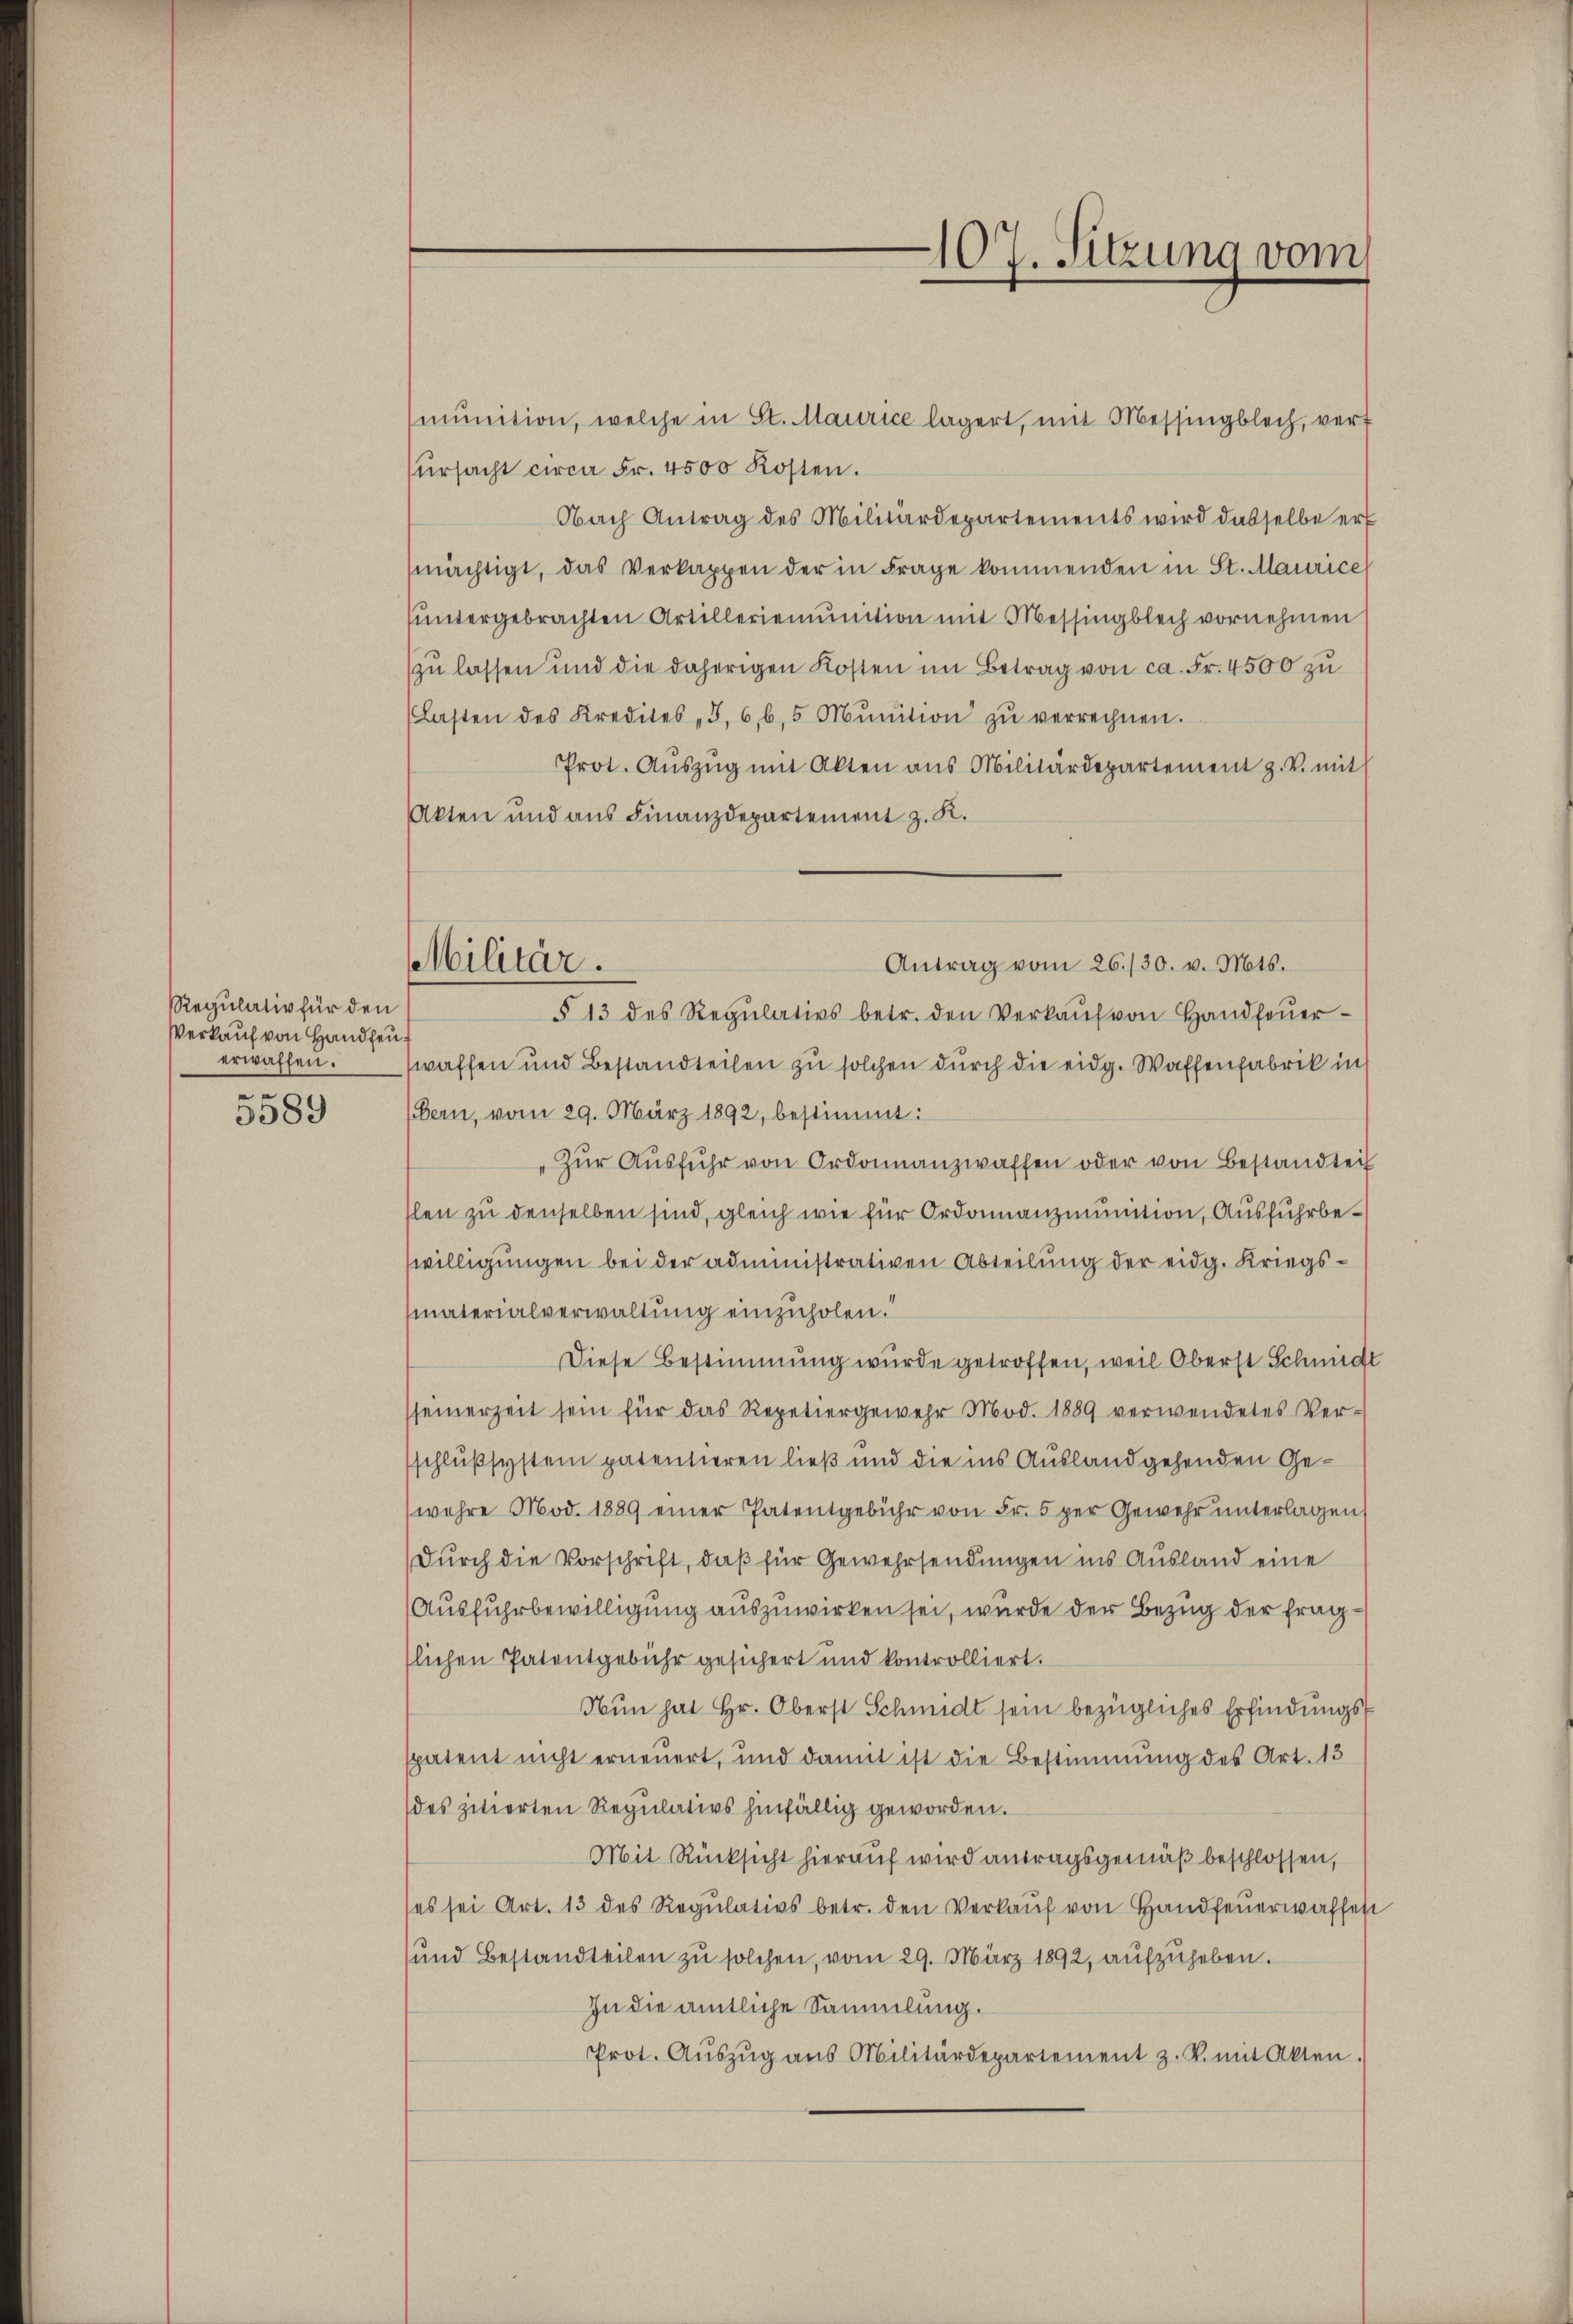
Regulativ für den
Verkauf von Handfeu
erwaffen.
e

5589

Militär.
Antrag vom 26./30. v. Mts.

107. Sitzung vom

mŭnition, welche in St. Maurice lägert, mit Messingblech, vert
ŭrsacht circa Fr. 4500 Kosten.
Obach Antrag des Militärdepartements wird dasselbe er
mächtigt, das Verkappen der in Frage kommenden in St. Maurice,
ŭntergebrachten Artilleriemŭnition mit Messingblech vornehmen
zu lassen und die daherigen Kosten im Betrag von ca. Fr. 4500 zu
(Lasten des Kredites „5,66,5 Mŭnition zŭ verrechnen.
Prot. Aŭszŭg mit Akten aus Militärdepartement z. B. mit
Akten und aus Finanzdepartement z. K.
§ 13 des Regŭlativs betr. den Verkaŭf von Handfeŭer-
waffen und Bestandteilen zu solchen durch die eidg. Waffenfabrik in
(Bern, vom 29. März 1892, bestimmt:
"Zŭr Aŭsführ von Ordonnanzwaffen oder von Bestandteil
slen zu denselben sind, gleich wie für Ordonnanzmunition, Ausfuhrbewilligungen bei der administrativen Abteilung der eidg. Kriegsmaterialverwaltung einzuholen.
Diese Bestimmung wurde getroffen, weil Oberst Schmiede
seinerzeit sein für das Repetiergewehr Mod. 1889 verwendetes Ver-
sschlußsystem patentieren ließ und die ins Ausland gehenden Gewehre Mod. 1889 einer Patentgebühr von Fr. 5 per Gewehr unterlagen
Durch die Vorschrift, daß für Gewehrsendungen ins Ausland eine
Ausfuhrbewilligung auszuwirken sei, wurde der Bezug der fragslichen Patentgebühr gesichert und kontrolliert.
Nun hat Hr. Oberst Schmidt sein bezügliches Erfindungsspatent nicht erneuert, und damit ist die Bestimmung des Art. 13
des zitierten Regulativs hinfällig geworden.
Mit Rücksicht hierauf wird antragsgemäß beschlossen,
(es sei Art. 13 des Regulativs betr. den Verkaŭf von Handfeuerwaffen
und Bestandteilen zu solchen, vom 29. März 1892, aufzuheben.
In die amtliche Sammlung.
Prot. Aŭszŭg ans Militärdepartement z. B. mit Akten.